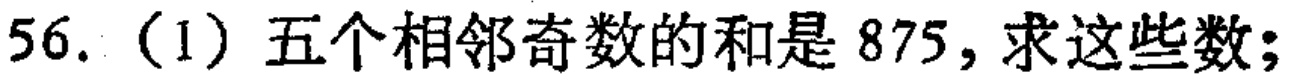
56. (1) 五个相邻奇数的和是 875，求这些数；